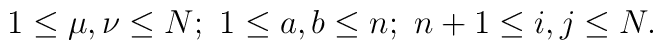
1 \leq \mu,\nu \leq N;  \  1 \leq a, b\leq n;  \  n +1 \leq  i, j \leq N.